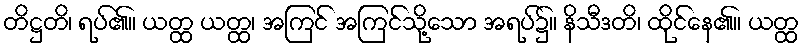
တိဋ္ဌတိ၊ ရပ်၏။ ယတ္ထ ယတ္ထ၊ အကြင် အကြင်သို့သော အရပ်၌။ နိသီဒတိ၊ ထိုင်နေ၏။ ယတ္ထ